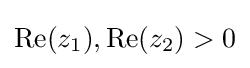
\operatorname {Re} (z_{1}),\operatorname {Re} (z_{2})>0